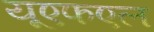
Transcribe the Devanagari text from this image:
यूएफएल